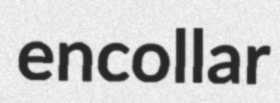
encollar